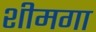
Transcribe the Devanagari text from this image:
शीमगा